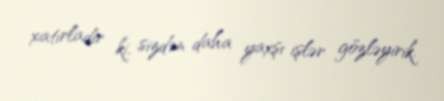
xatırladır ki, sizdən daha yaxşı işlər gözləyirik.